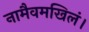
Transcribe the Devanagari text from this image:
नामैवमखिलं।